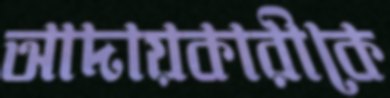
আদায়কারীকে